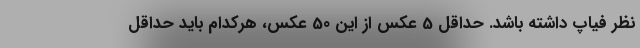
نظر فیاپ داشته باشد. حداقل 5 عکس از این 50 عکس، هرکدام باید حداقل